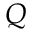
Q